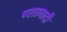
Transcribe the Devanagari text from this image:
परतावादी